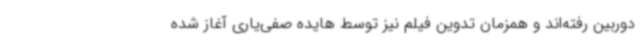
دوربین رفته‌اند و همزمان تدوین فیلم نیز توسط هایده صفی‌یاری آغاز شده